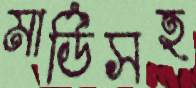
মার্ডিসহ